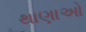
થાણાઓ